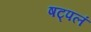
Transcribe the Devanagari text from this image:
षट्पलं